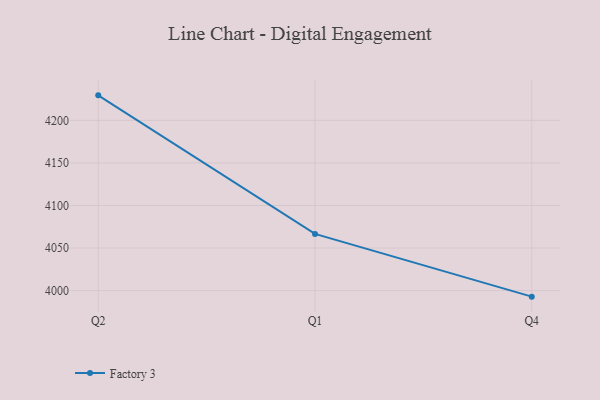
{"axis": {"x": "Quarter", "y": "Net Income (USD K)"}, "legend": ["Factory 3"], "data": [{"x": "Q2", "y": 4229.4, "type": "Factory 3"}, {"x": "Q1", "y": 4066.6, "type": "Factory 3"}, {"x": "Q4", "y": 3992.9, "type": "Factory 3"}]}